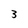
Character: 3